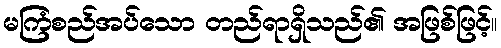
မကြံစည်အပ်သော တည်ရာရှိသည်၏ အဖြစ်ဖြင့်။